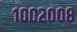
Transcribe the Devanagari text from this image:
१००२००८